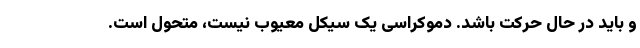
و باید در حال حرکت باشد. دموکراسی یک سیکل معیوب نیست، متحول است.